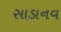
સાડાનવ